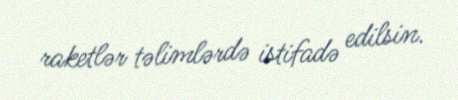
raketlər təlimlərdə istifadə edilsin.